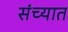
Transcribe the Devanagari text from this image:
संच्यात